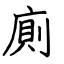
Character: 廁